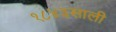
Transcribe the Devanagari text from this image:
१८४३साली